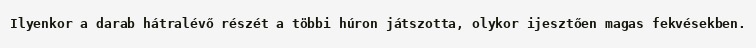
Ilyenkor a darab hátralévő részét a többi húron játszotta, olykor ijesztően magas fekvésekben.